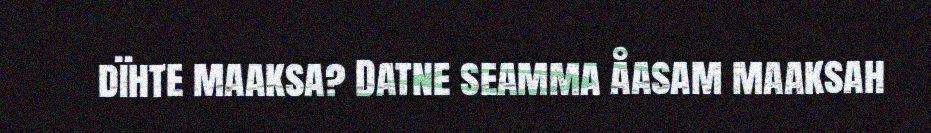
dïhte maaksa? Datne seamma åasam maaksah